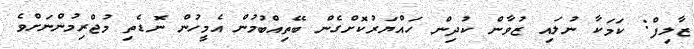
ޒާލިފް: ކަމަކާ ނުލައި ޒުވާން ކުދިން ހައްޔަރުކޮށްގެން ބޭތިއްބުމުން އެމީހުން ނޮޑެތި މުޖްރިމުންނަށްވެ